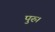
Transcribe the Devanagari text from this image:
पुरु।